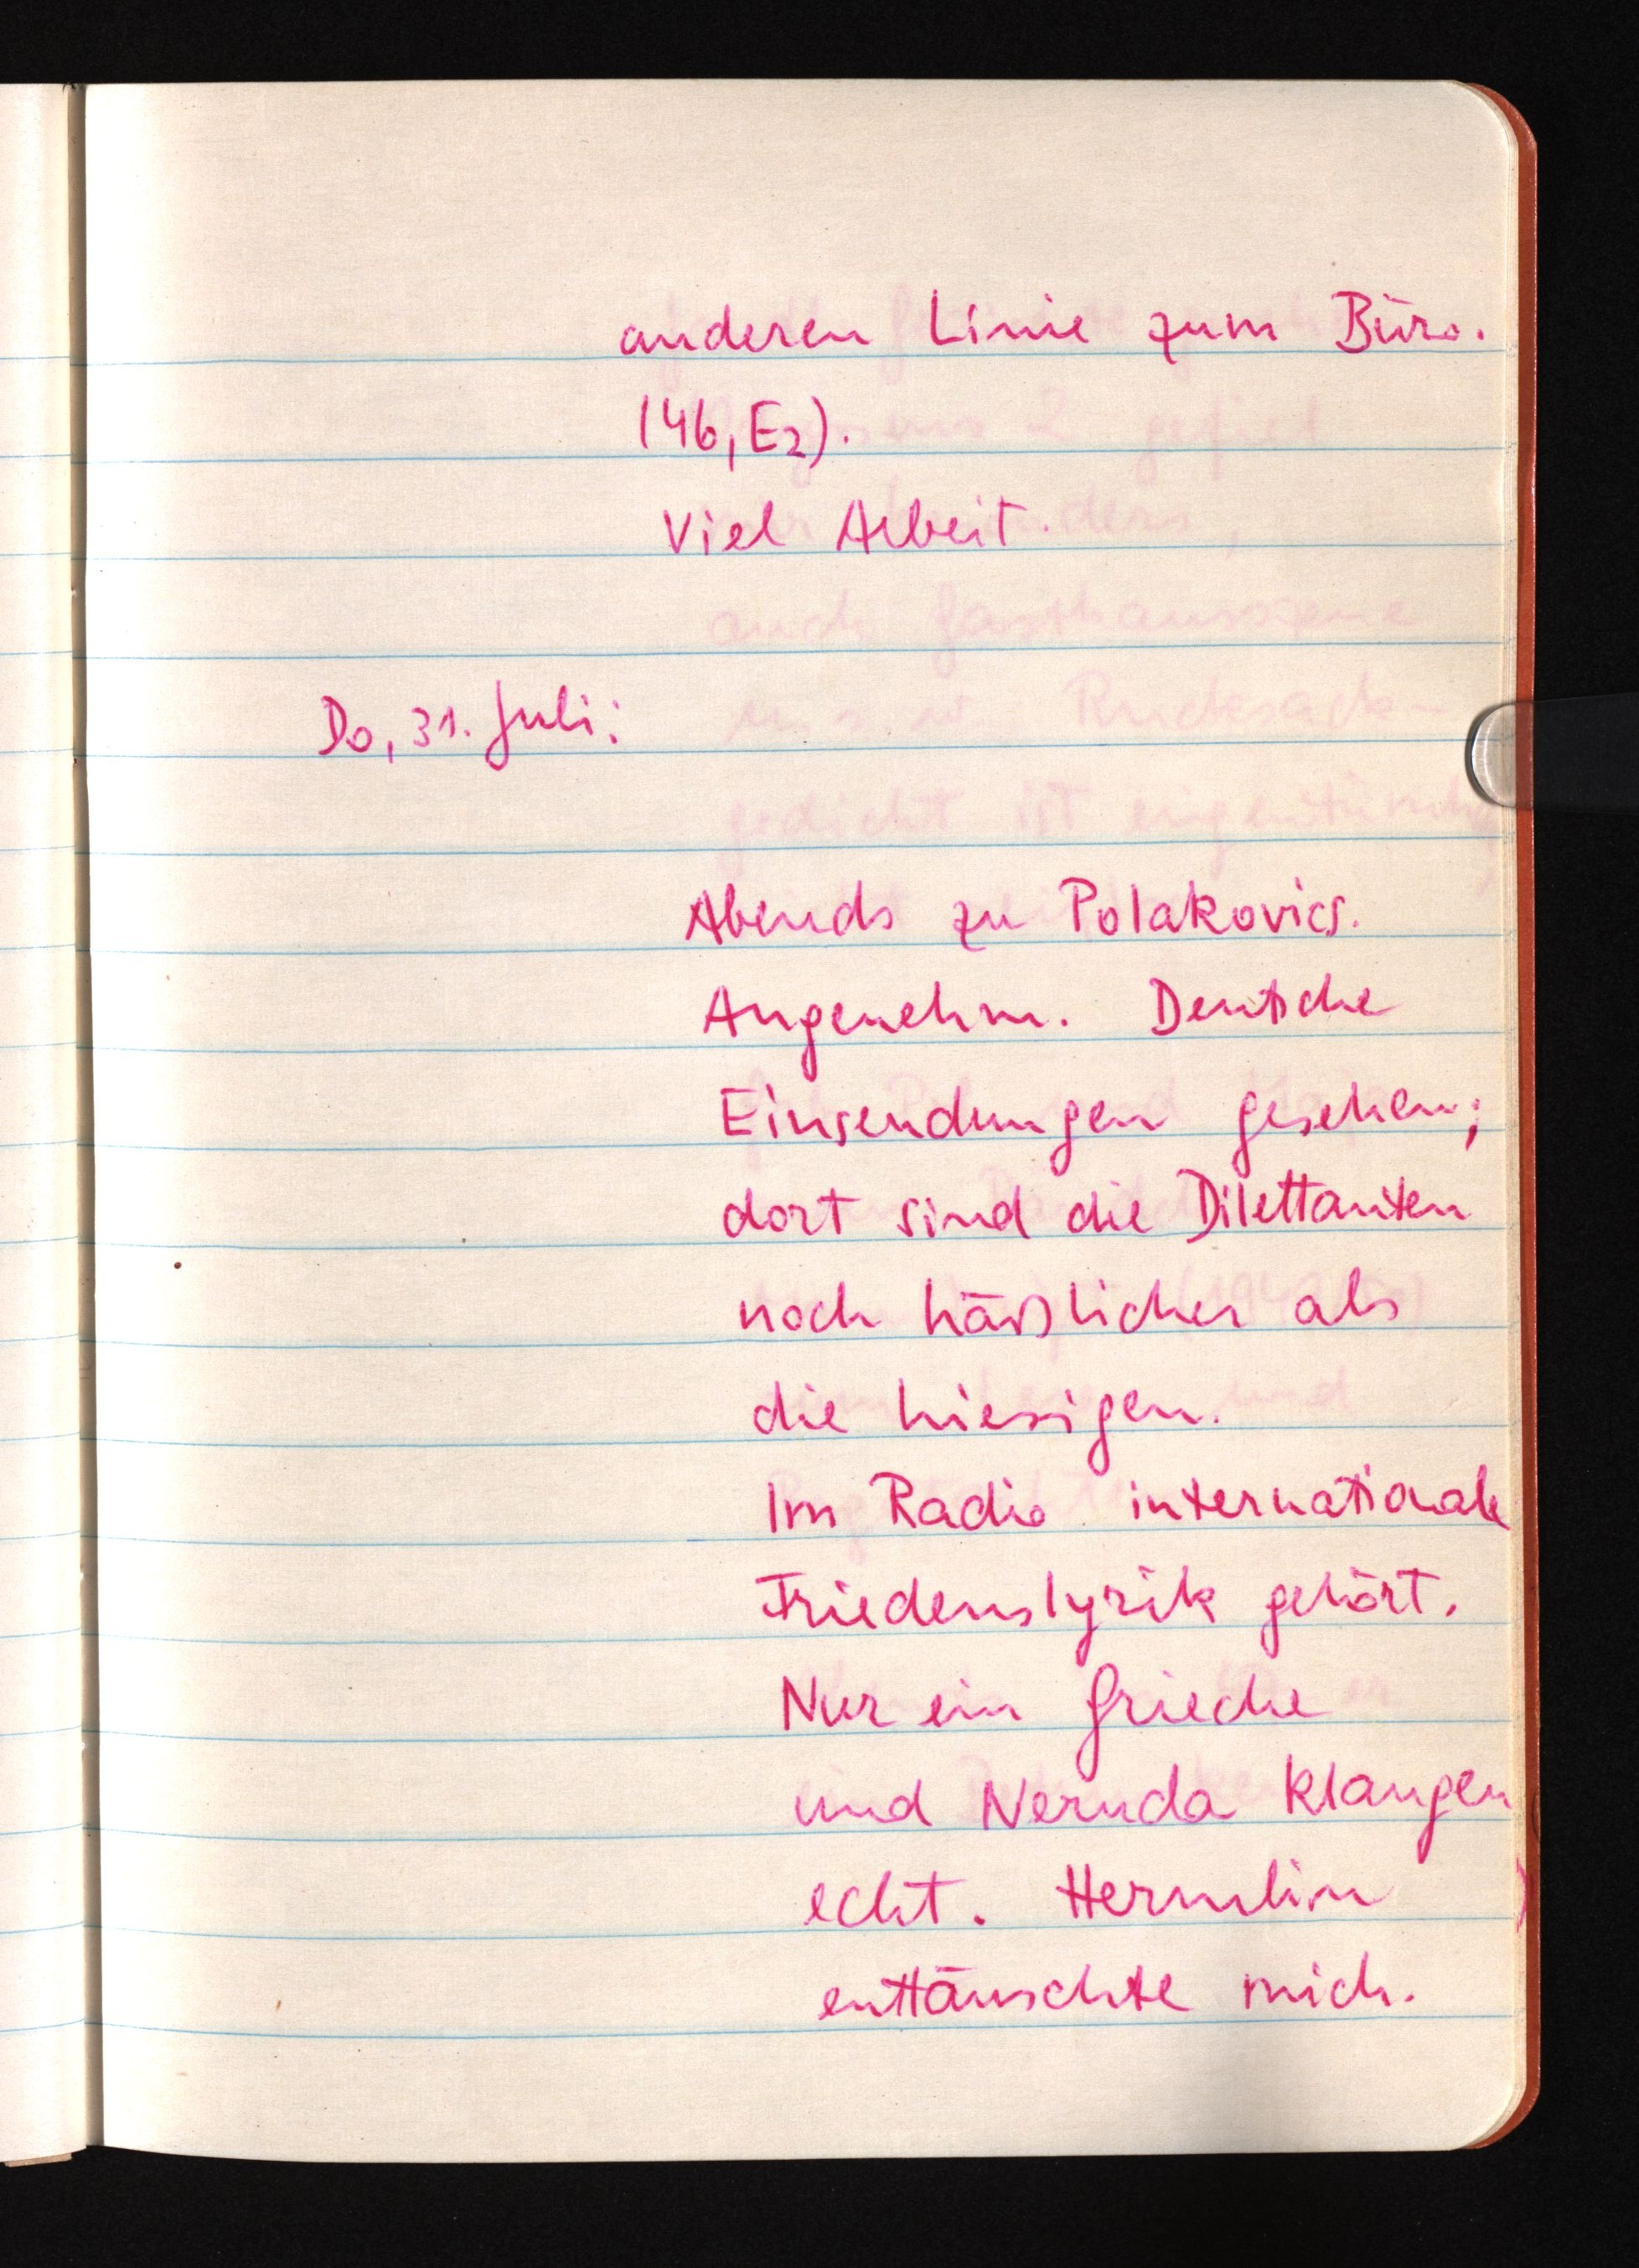
anderen Linie zum Büro.
(46, E2).
Viel Arbeit.
Do, 31. Juli:
Abends zu Polakovics.
Angenehm. Deutsche
Einsendungen gesehen;
dort sind die Dilettanten
noch häßlicher als
die hiesigen.
Im Radio internationale
Friedenslyrik gehört.
Nur ein Grieche
und Neruda klangen
echt. Hermlin
enttäuschte mich.